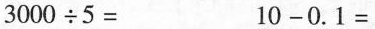
$$3 0 0 0 \div 5 =$$$$1 0 - 0 . 1 =$$